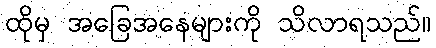
ထိုမှ အခြေအနေများကို သိလာရသည်။